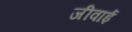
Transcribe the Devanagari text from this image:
जीवाई